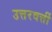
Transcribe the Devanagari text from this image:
उत्तरवर्त्ती